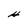
Character: H